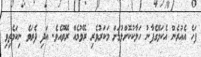
ފަހެ އެއުރެން އެކަލޭގެފާނު ހަލާކުކޮށްލުމަށް މަކަރުވެރި ރޭވުމެއް ރޭވޫއެވެ. އަދި ދެރަވެ ނިކަމެތިވި